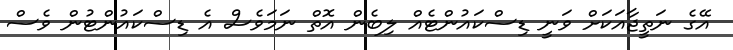
އޭގެ ނަތީޖާއަކަށް ވަނީ ޑިސްކައުންޓެއް ލިބެން އޮތް ނަމަވެސް އެ ޑިސްކައުންޓުން ވެސް